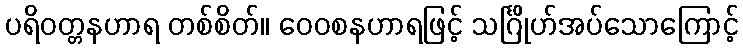
ပရိဝတ္တနဟာရ တစ်စိတ်။ ဝေဝစနဟာရဖြင့် သင်္ဂြိုဟ်အပ်သောကြောင့်